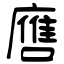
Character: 噟